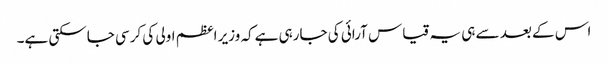
اس کے بعد سے ہی یہ قیاس آرائی کی جارہی ہےکہ وزیر اعظم اولی کی کرسی جاسکتی ہے۔